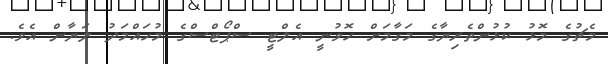
މެޗުގެ މޮޅު ކުޅުންތެރިޔާގެ މަގާމަށް ހޮވުނީ އެލްޓީ ސްޕޯޓްސްގެ މުހައްމަދު ލަޔާން އެވެ.